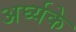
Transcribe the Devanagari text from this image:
अर्घ्यके